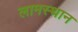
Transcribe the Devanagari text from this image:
लामस्थान